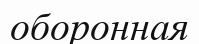
оборонная